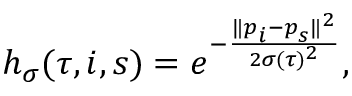
h _ { \sigma } ( \tau , i , s ) = e ^ { - \frac { \lVert \boldsymbol { p } _ { i } - \boldsymbol { p } _ { s } \rVert ^ { 2 } } { 2 \sigma ( \tau ) ^ { 2 } } } ,